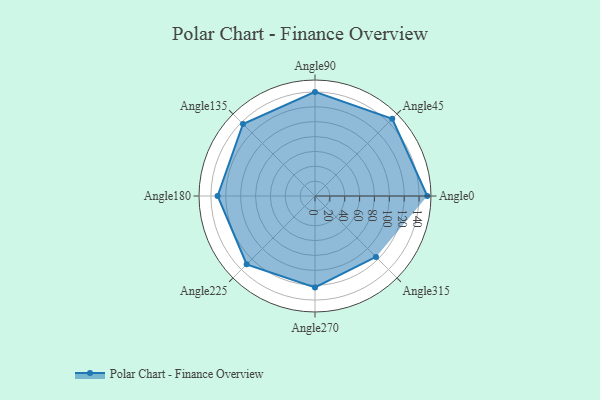
{"axis": {"x": "Angle", "y": "Radius"}, "legend": [""], "data": [{"x": "Angle0", "y": 151.0, "type": ""}, {"x": "Angle45", "y": 147.0, "type": ""}, {"x": "Angle90", "y": 140.0, "type": ""}, {"x": "Angle135", "y": 137.0, "type": ""}, {"x": "Angle180", "y": 131.0, "type": ""}, {"x": "Angle225", "y": 130.0, "type": ""}, {"x": "Angle270", "y": 123.0, "type": ""}, {"x": "Angle315", "y": 116.0, "type": ""}]}